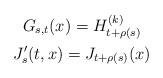
LaTeX: \begin{gather*}G_{s,t}(x)=H^{(k)}_{t+\rho(s)} \\J'_s(t,x)=J_{t+\rho(s)}(x)\end{gather*}